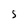
Character: S